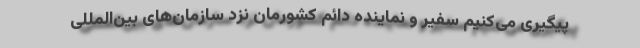
پیگیری می‌کنیم سفیر و نماینده دائم کشورمان نزد سازمان‌های بین‌المللی